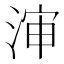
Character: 渖